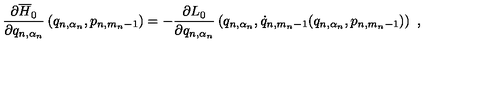
\frac { \partial \overline { { H } } _ { 0 } } { \partial q _ { n , \alpha _ { n } } } \left( q _ { n , \alpha _ { n } } , p _ { n , m _ { n } - 1 } \right) = - \frac { \partial L _ { 0 } } { \partial q _ { n , \alpha _ { n } } } \left( q _ { n , \alpha _ { n } } , \dot { q } _ { n , m _ { n } - 1 } ( q _ { n , \alpha _ { n } } , p _ { n , m _ { n } - 1 } ) \right) \ ,